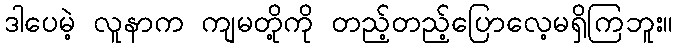
ဒါပေမဲ့ လူနာက ကျမတို့ကို တည့်တည့်ပြောလေ့မရှိကြဘူး။